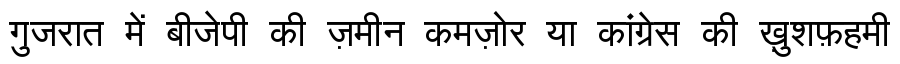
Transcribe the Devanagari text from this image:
गुजरात में बीजेपी की ज़मीन कमज़ोर या कांग्रेस की ख़ुशफ़हमी